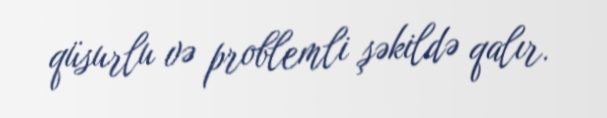
qüsurlu və problemli şəkildə qalır.